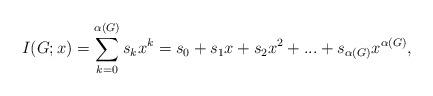
LaTeX: \begin{align*} I(G;x) = \sum_{k=0}^{\alpha(G)}{s_k}x^{k}={s_0}+{s_1}x+{s_2}x^{2}+...+{s_{\alpha(G)}}x^{\alpha(G)},\end{align*}